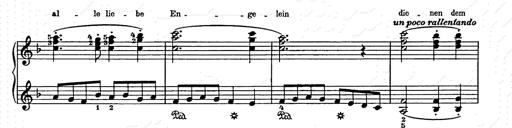
Title: Weihnachtsbaum
Composer: Franz Liszt